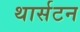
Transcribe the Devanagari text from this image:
थार्सटन